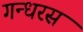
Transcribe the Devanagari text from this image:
गन्धरस